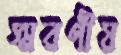
স্মরণীয়